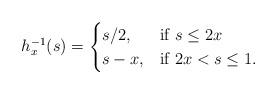
LaTeX: \begin{align*}h_x^{-1}(s) = \begin{cases} s/2, & \mbox{if } s \leq 2x \\ s-x, & \mbox{if } 2x<s \leq 1. \end{cases}\end{align*}